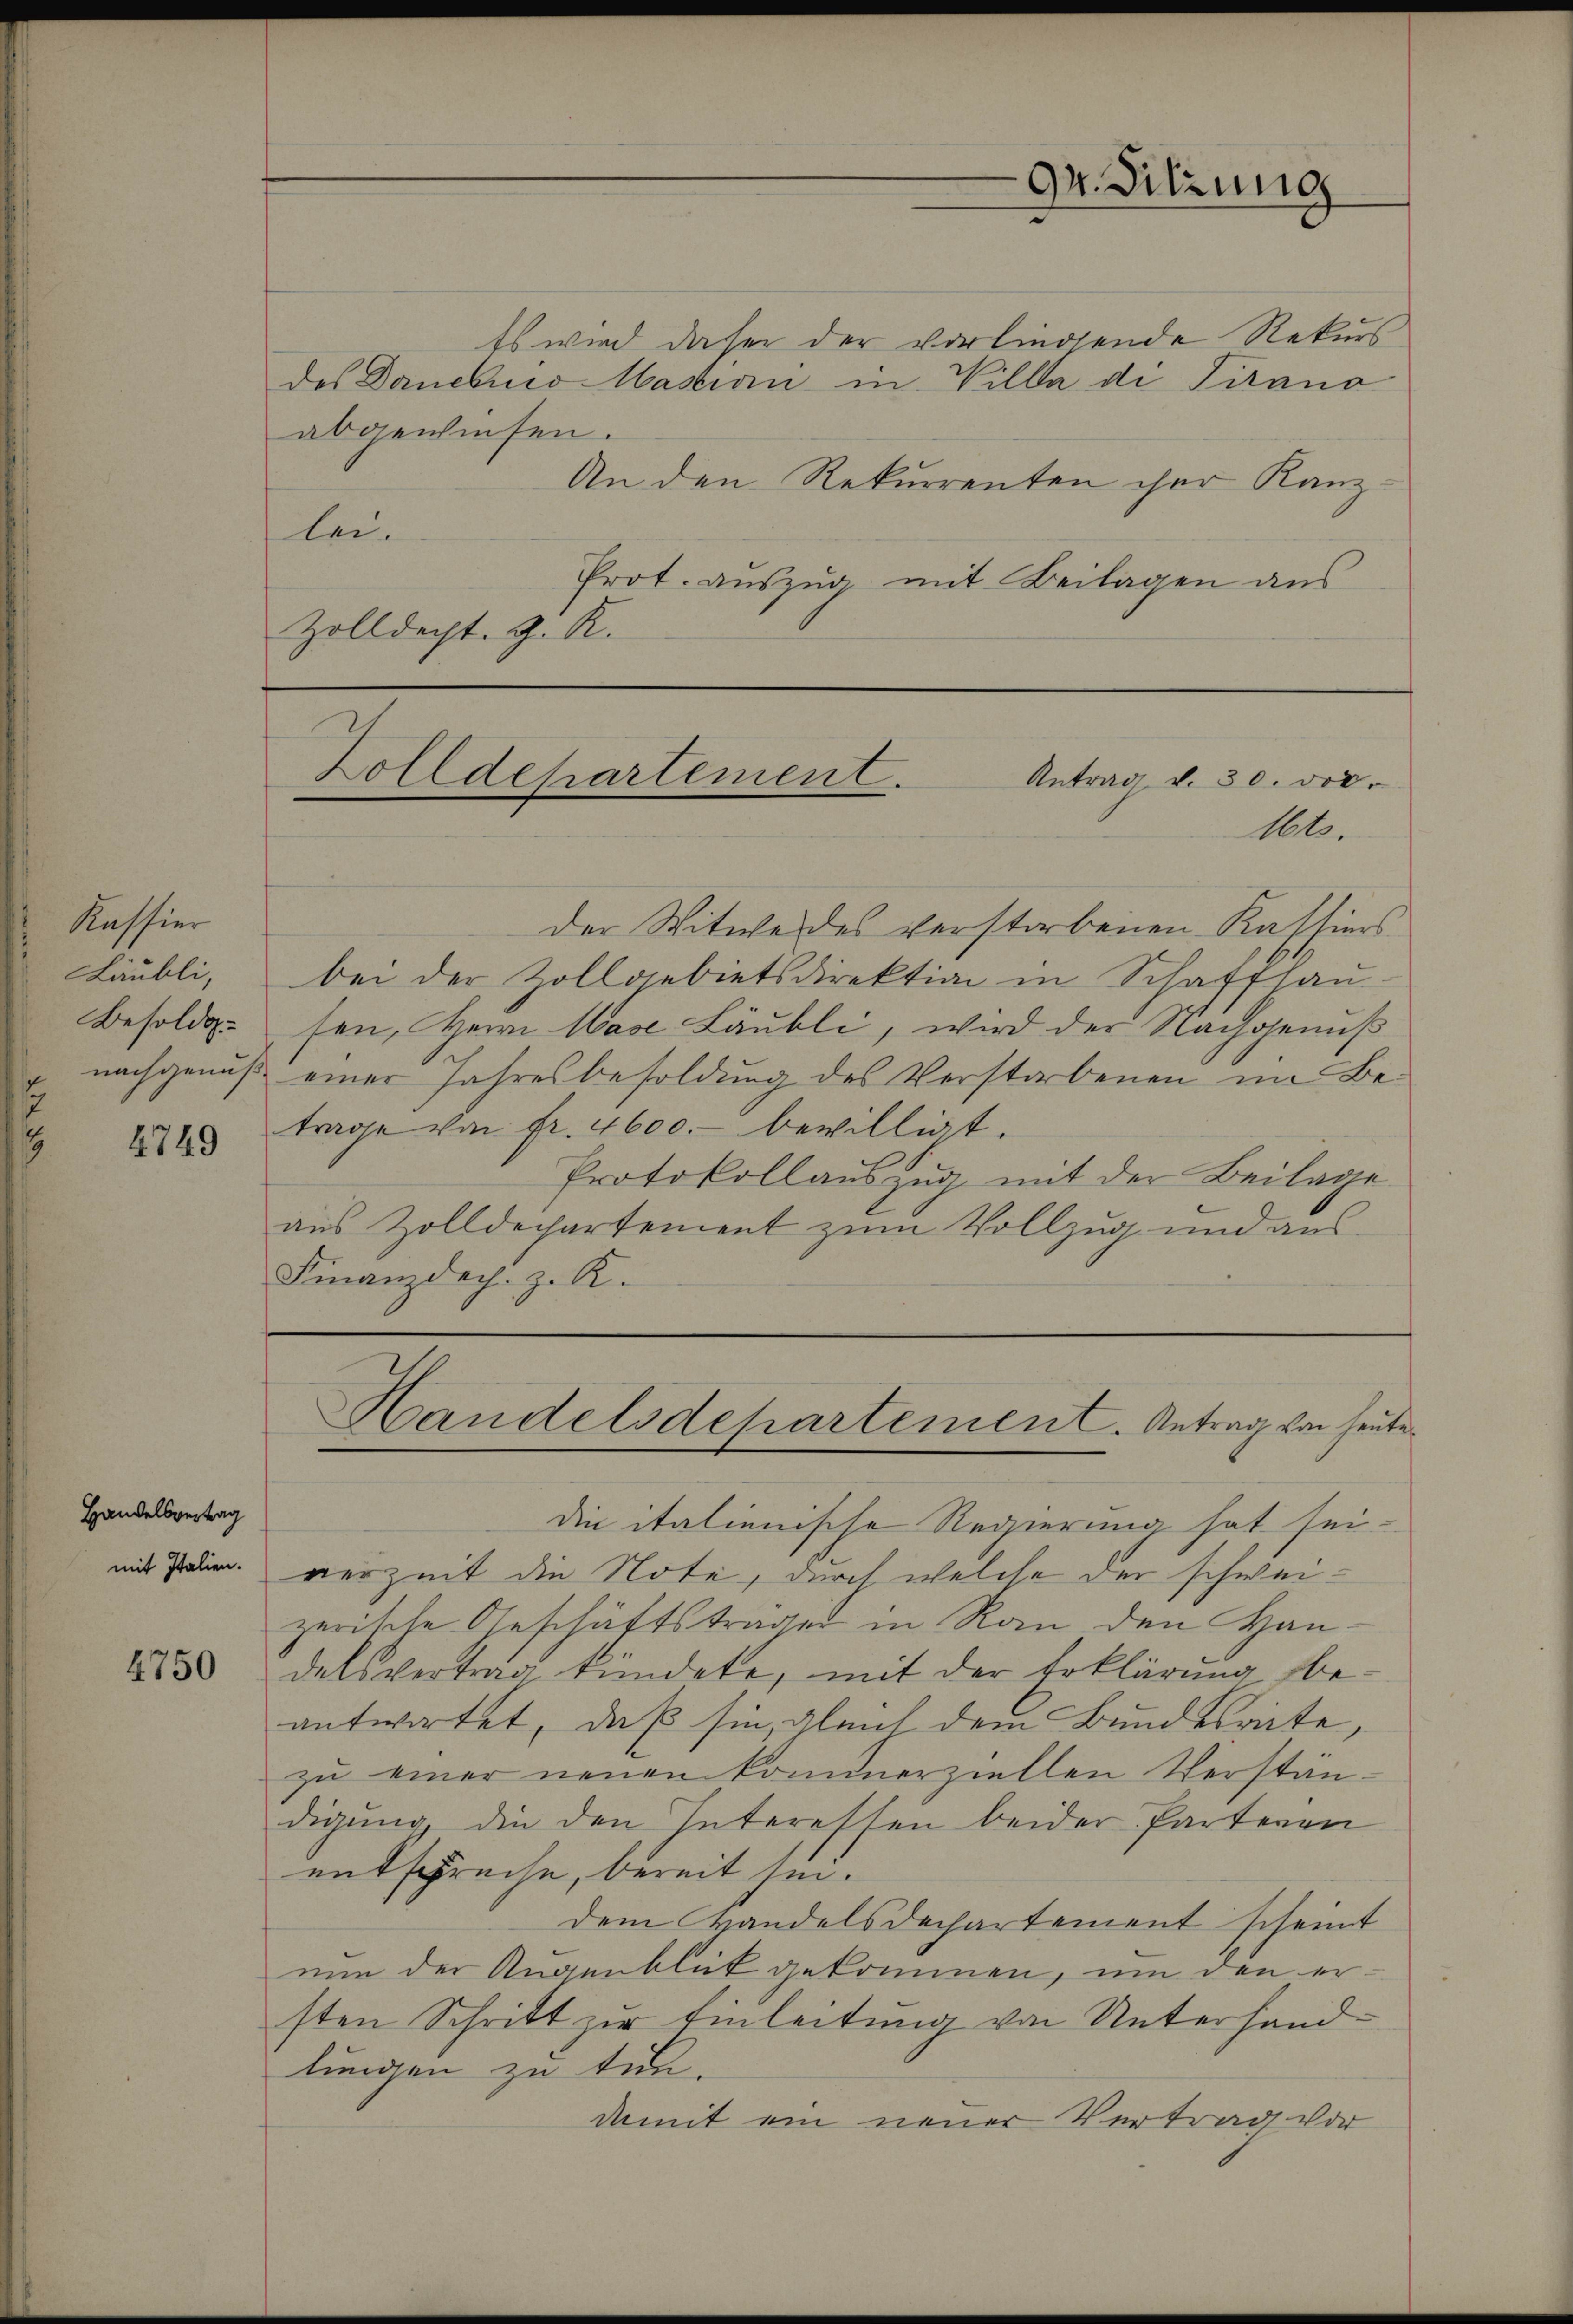
Kassier
Läubli,
Besold
nachgenuß
2

4749

Handelsvertrag
mit Italien.

4750

Es wird daher der vorliegende Rekurs
des Danebues Wastian in Villa di Pirano
abgewiesen.
An den Rekurrenten ihre Kanzlei.
Prot. auszug mit Beilagen aus
Zolldecht. J. R.

Zolldepartement.
Antrag v. 30. vor.

Dr. Sitzung

Mts.
der Witwe des verstorbenen Kassiers
bei der Zollgebietsdirektion in Schaffhau
sen, Herrn Wase Läubli, wird der Nachgenuß
einer Jahresbesoldung des Verstorbenen im Betrage von fr. 4600. bewilligt.
Protokollauszug mit der Beilage
aus Zolldechartement zum Vollzug und aus
Finanzdech. z. K.

Handelsdehartement. Antrag von heute
e

die italienische Regierung hat sei.
verzeit die Note, durch welche der schweizerische Geschäftstrages in Ran den Handelsvertrag kundete, mit der Erklärung, beantwortet, daß sie, gleich dem Bundesräte,
zu einer neuen kommerziellen Verständigŭng die den Interessen beider Parteren
entspreche, bereit hin.
dem Handelsdechartement scheint
nun der Augenblick gekommen, um den ersten Schritt zur Einleitung von Unterhandlungen zu tun.
damit ein neuer Vertrag vor